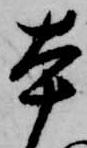
本